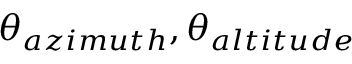
\theta _ { a z i m u t h } , \theta _ { a l t i t u d e }